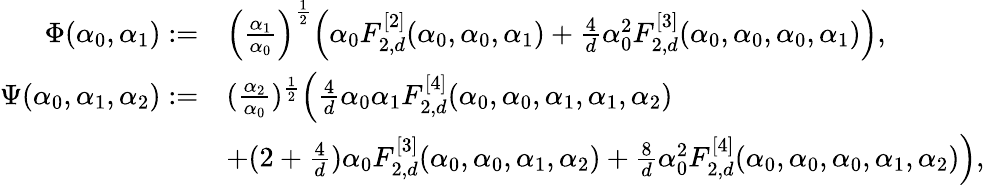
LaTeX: \begin{array}{rl}{\Phi(\alpha_{0},\alpha_{1}):=}&{\Big(\frac{\alpha_{1}}{\alpha_{0}}\Big)^{\frac 12}\Big(\alpha_{0}F_{2,d}^{[2]}(\alpha_{0},\alpha_{0},\alpha_{1})+\frac 4d\alpha_{0}^{2}F_{2,d}^{[3]}(\alpha_{0},\alpha_{0},\alpha_{0},\alpha_{1})\Big),}\\ {\Psi(\alpha_{0},\alpha_{1},\alpha_{2}):=}&{(\frac{\alpha_{2}}{\alpha_{0}})^{\frac 12}\Big(\frac 4d\alpha_{0}\alpha_{1}F_{2,d}^{[4]}(\alpha_{0},\alpha_{0},\alpha_{1},\alpha_{1},\alpha_{2})}\\ &{+(2+\frac 4d)\alpha_{0}F_{2,d}^{[3]}(\alpha_{0},\alpha_{0},\alpha_{1},\alpha_{2})+\frac 8d\alpha_{0}^{2}F_{2,d}^{[4]}(\alpha_{0},\alpha_{0},\alpha_{0},\alpha_{1},\alpha_{2})\Big),}\end{array}